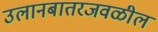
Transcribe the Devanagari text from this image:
उलानबातरजवळील